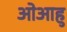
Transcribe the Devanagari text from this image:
ओआहु